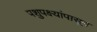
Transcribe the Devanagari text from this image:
पशुपक्ष्यांपासून